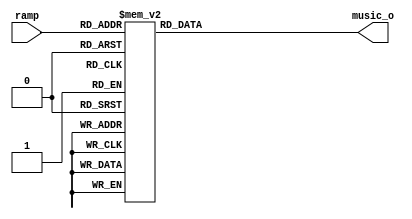
module wave_gen_string(
input  [5:0] ramp,
output reg [15:0]music_o
);


always@(ramp[5:0])
begin
    case(ramp[5:0])
 0 :music_o=16'h0;
 1 :music_o=16'h0;
 2 :music_o=16'h0;
 3 :music_o=16'h0;
 4 :music_o=16'h0;
 5 :music_o=16'h0;
 6 :music_o=16'h246;
 7 :music_o=16'hC36;
 8 :music_o=16'hCFC;
 9 :music_o=16'hC17;
 10 :music_o=16'hAEE;
 11 :music_o=16'hAA0;
 12 :music_o=16'hBB8;
 13 :music_o=16'hBAE;
 14 :music_o=16'h9E4;
 15 :music_o=16'h834;
 16 :music_o=16'h789;
 17 :music_o=16'hA89;
 18 :music_o=16'h115A;
 19 :music_o=16'h19D4;
 20 :music_o=16'h2316;
 21 :music_o=16'h2825;
 22 :music_o=16'h24BA;
 23 :music_o=16'h1D2E;
 24 :music_o=16'h143B;
 25 :music_o=16'hE10;
 26 :music_o=16'h1345;
 27 :music_o=16'h1E4B;
 28 :music_o=16'h2392;
 29 :music_o=16'h1E0A;
 30 :music_o=16'hF4A;
 31 :music_o=16'h37F;
 32 :music_o=16'h1E0;
 33 :music_o=16'h560;
 34 :music_o=16'h9B7;
 35 :music_o=16'hF84;
 36 :music_o=16'h16D8;
 37 :music_o=16'h1B1D;
 38 :music_o=16'h1B6C;
 39 :music_o=16'h1B5D;
 40 :music_o=16'h175E;
 41 :music_o=16'hD34;
 42 :music_o=16'h33A;
 43 :music_o=16'hFFFFFCF5;
 44 :music_o=16'hFFFFFAC0;
 45 :music_o=16'hFFFFF9B0;
 46 :music_o=16'hFFFFF3FE;
 47 :music_o=16'hFFFFF103;
 48 :music_o=16'hFFFFF394;
 49 :music_o=16'hFFFFEBEE;
 50 :music_o=16'hFFFFDD00;
 51 :music_o=16'hFFFFD7D4;
 52 :music_o=16'hFFFFE07A;
 53 :music_o=16'hFFFFEA88;
 54 :music_o=16'hFFFFE8BA;
 55 :music_o=16'hFFFFE507;
 56 :music_o=16'hFFFFE4C4;
 57 :music_o=16'hFFFFE68E;
 58 :music_o=16'hFFFFEBB8;
 59 :music_o=16'hFFFFED46;
 60 :music_o=16'hFFFFF2B2;
 61 :music_o=16'hFFFFF899;
 62 :music_o=16'hFFFFF4AF;
 63 :music_o=16'hFFFFFAA7;
default	:music_o=0;
	endcase
end
endmodule